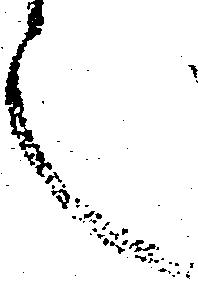
言